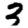
Digit: 3